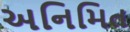
અનિમિત